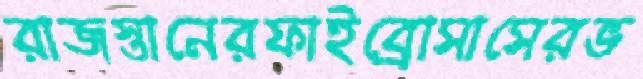
রাজস্তানেরফাইব্র্রোসাসেরভ